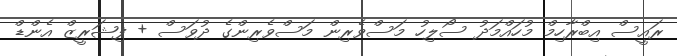
ރައީސް އިބްރާހިމް މުހައްމަދު ސޯލިހު މަސްވެރިން މަސްވެރިންގެ ދުވަސް + ފިޝަރީޒް އެންޑް